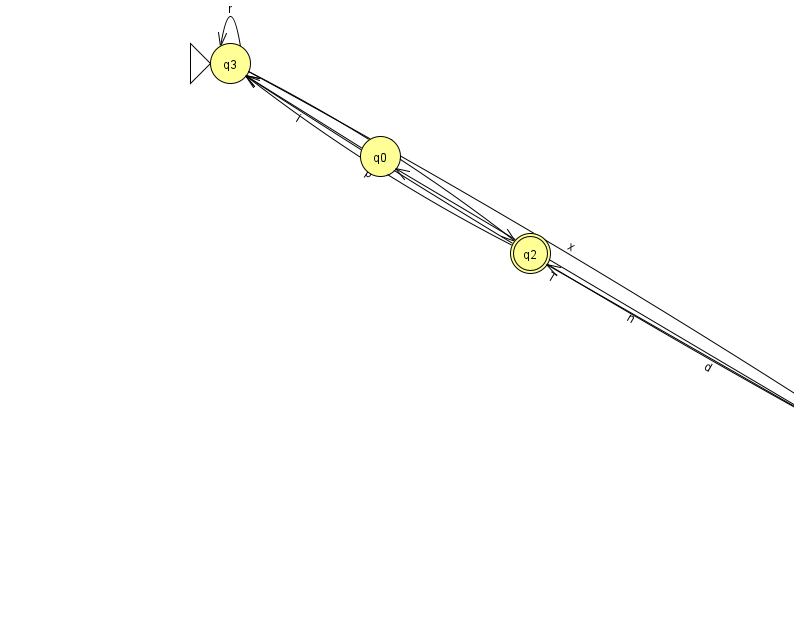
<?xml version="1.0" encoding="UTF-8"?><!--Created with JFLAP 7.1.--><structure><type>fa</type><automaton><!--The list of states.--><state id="0" name="q0"><x>380.0</x><y>143.0</y></state><state id="1" name="q1"><x>896.0</x><y>448.0</y></state><state id="2" name="q2"><x>530.0</x><y>240.0</y><final/></state><state id="3" name="q3"><x>230.0</x><y>50.0</y><initial/></state><!--The list of transitions.--><transition><from>0</from><to>3</to><read>i</read></transition><transition><from>1</from><to>3</to><read>T</read></transition><transition><from>3</from><to>3</to><read>r</read></transition><transition><from>1</from><to>0</to><read>n</read></transition><transition><from>3</from><to>1</to><read>x</read></transition><transition><from>1</from><to>2</to><read>d</read></transition><transition><from>2</from><to>3</to><read>p</read></transition><transition><from>3</from><to>2</to><read>A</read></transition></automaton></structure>